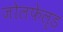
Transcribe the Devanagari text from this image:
जोलफेल्ड